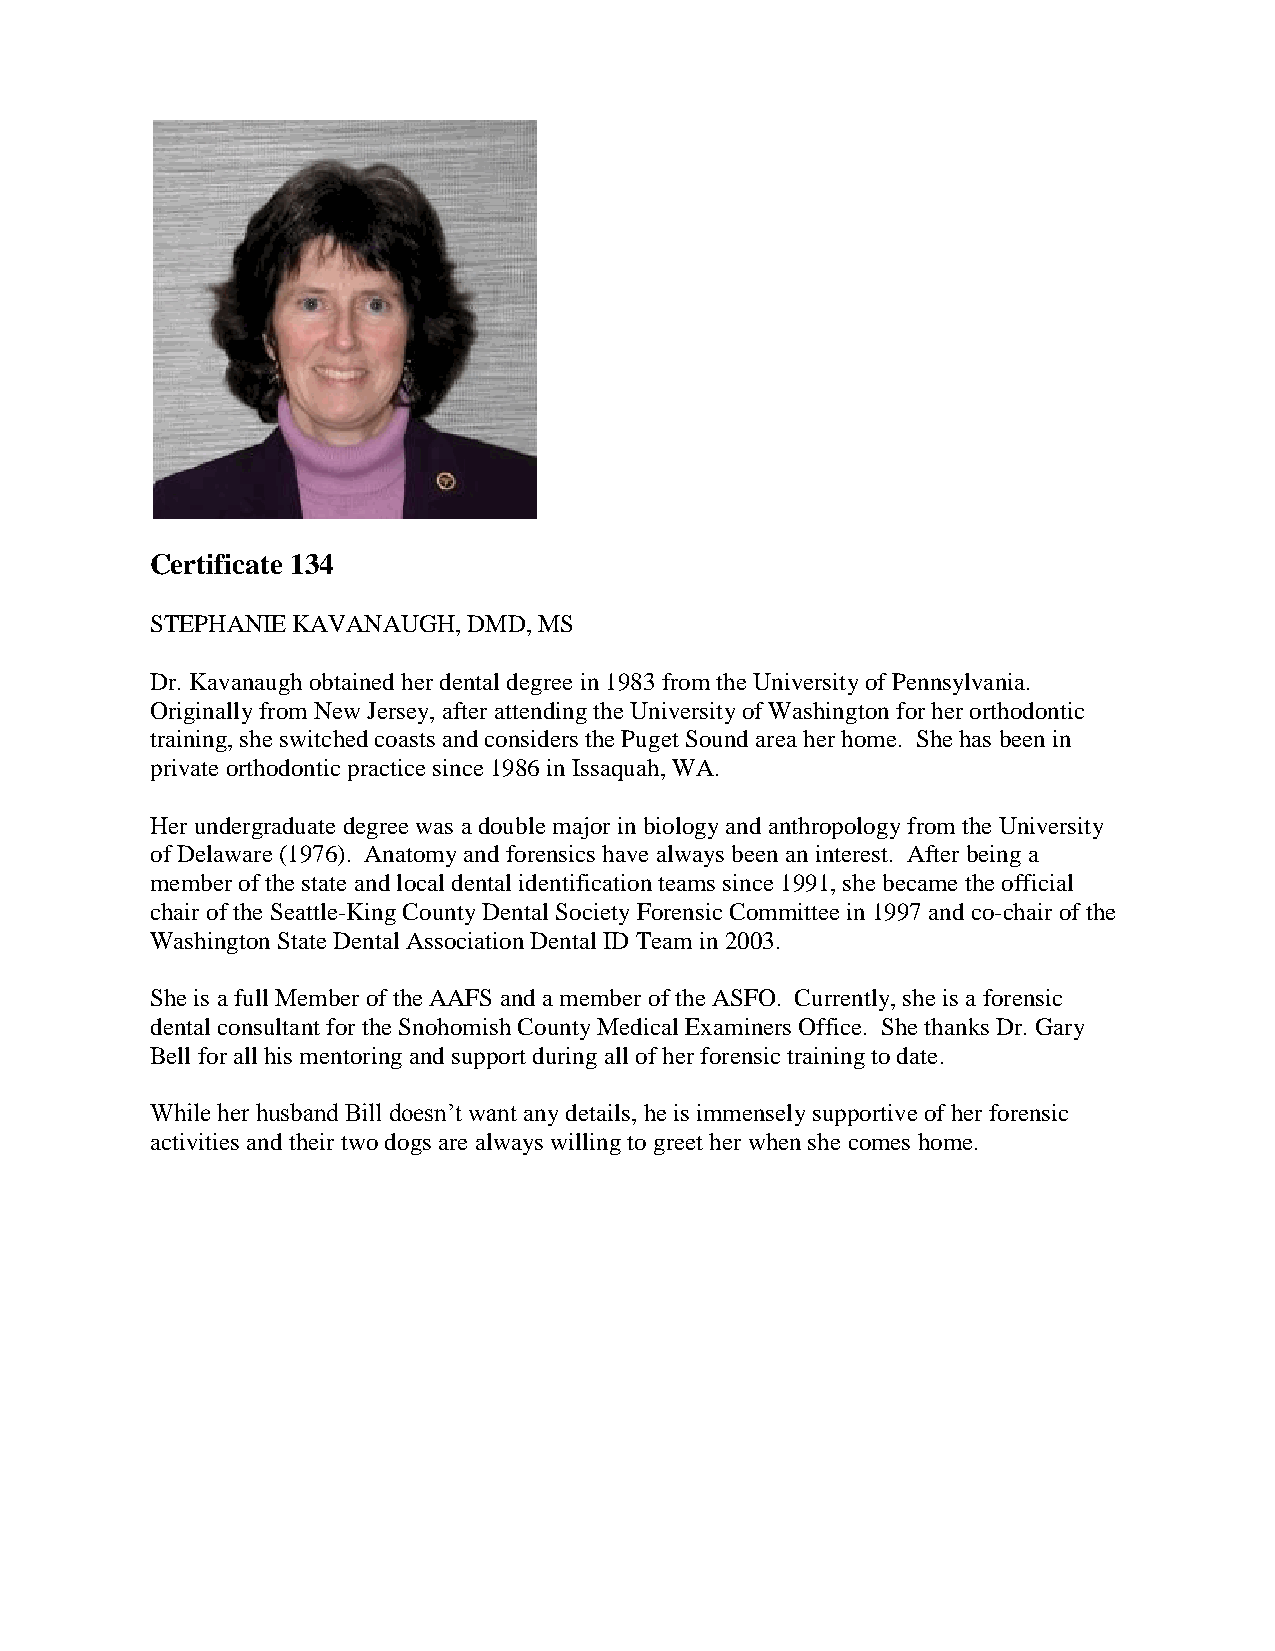
Certificate 134
 STEPHANIE KAVANAUGH, DMD, MS
 Dr. Kavanaugh obtained her dental degree in 1983 from the University of Pennsylvania.
 Originally from New Jersey, after attending the University of Washington for her orthodontic
 training, she switched coasts and considers the Puget Sound area her home. She has been in
 private orthodontic practice since 1986 in Issaquah, WA.
 Her undergraduate degree was a double major in biology and anthropology from the University
 of Delaware (1976). Anatomy and forensics have always been an interest. After being a
 member of the state and local dental identification teams since 1991, she became the official
 chair of the Seattle-King County Dental Society Forensic Committee in 1997 and co-chair of the
 Washington State Dental Association Dental ID Team in 2003.
 She is a full Member of the AAFS and a member of the ASFO. Currently, she is a forensic
 dental consultant for the Snohomish County Medical Examiners Office. She thanks Dr. Gary
 Bell for all his mentoring and support during all of her forensic training to date.
 While her husband Bill doesn’t want any details, he is immensely supportive of her forensic
 activities and their two dogs are always willing to greet her when she comes home.